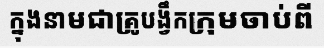
ក្នុងនាមជាគ្រូបង្វឹកក្រុមចាប់ពី